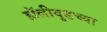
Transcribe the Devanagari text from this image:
हॉलीवुडच्या